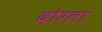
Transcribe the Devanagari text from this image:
दोरला